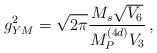
\begin{align*}g_{YM}^2=\sqrt{2\pi}{{M_s\sqrt{V_6}}\over{M_P^{(4d)}V_3}}\, ,\end{align*}